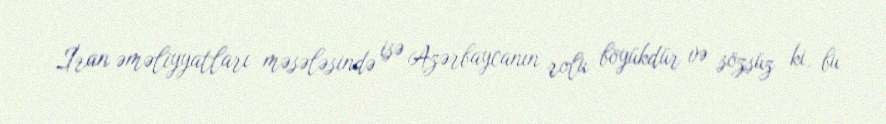
İran əməliyyatları məsələsində isə Azərbaycanın rolu böyükdür və sözsüz ki, bu